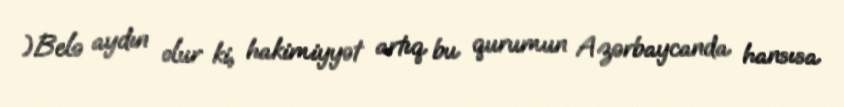
)Belə aydın olur ki, hakimiyyət artıq bu qurumun Azərbaycanda hansısa